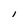
Character: I